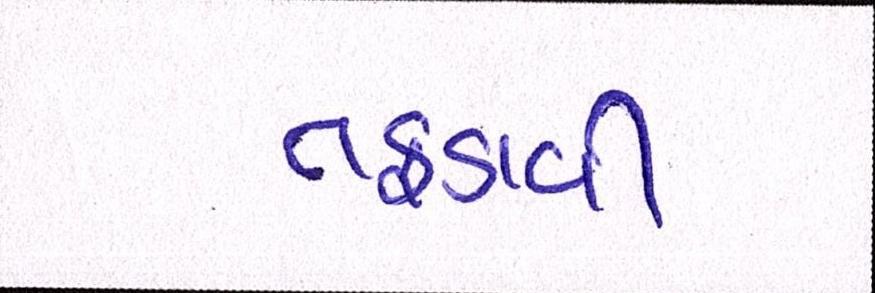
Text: તફડાવી